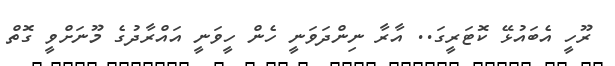
ރޫހީ އެބައުޅޭ ކޮޓަރީގަ.. އާރާ ނިންދަވަނީ ހެން ހީވަނީ އައްރާދުގެ މޫނަށްވީ ގޮތް